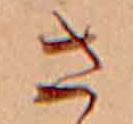
さ